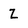
Character: Z